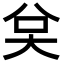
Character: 𭑉